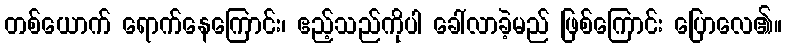
တစ်ယောက် ရောက်နေကြောင်း၊ ဧည့်သည်ကိုပါ ခေါ်လာခဲ့မည် ဖြစ်ကြောင်း ပြောလေ၏။